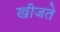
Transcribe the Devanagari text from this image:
खीजते